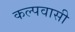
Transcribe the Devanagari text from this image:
कल्पवासी